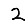
Digit: 2